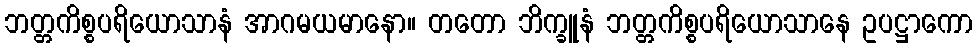
ဘတ္တကိစ္စပရိယောသာနံ အာဂမယမာနော။ တတော ဘိက္ခူနံ ဘတ္တကိစ္စပရိယောသာနေ ဥပဋ္ဌာကော